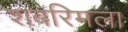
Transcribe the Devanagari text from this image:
शबरिमला